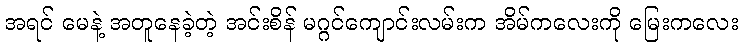
အရင် မေနဲ့ အတူနေခဲ့တဲ့ အင်းစိန် မဂ္ဂင်ကျောင်းလမ်းက အိမ်ကလေးကို မြေးကလေး